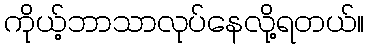
ကိုယ့်ဘာသာလုပ်နေလို့ရတယ်။